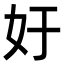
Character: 㚥